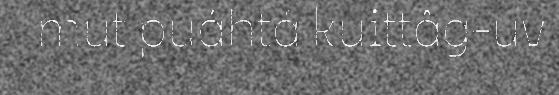
mut puáhtá kuittâg-uv